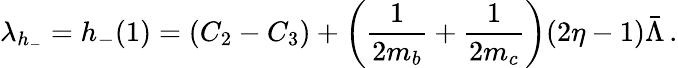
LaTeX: \lambda_{h_{-}}=h_{-}(1)=(C_{2}-C_{3})+\left(\frac{1}{2m_{b}}+\frac{1}{2m_{c}}\right)(2\eta-1)\bar{\Lambda}\, .